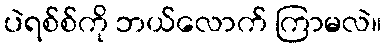
ပဲရစ်စ်ကို ဘယ်လောက် ကြာမလဲ။